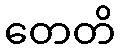
တေတိ